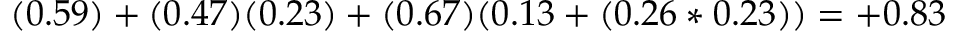
( 0 . 5 9 ) + ( 0 . 4 7 ) ( 0 . 2 3 ) + ( 0 . 6 7 ) ( 0 . 1 3 + ( 0 . 2 6 * 0 . 2 3 ) ) = + 0 . 8 3